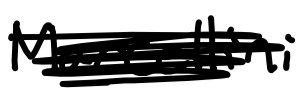
Text: Marcellini
Cross-out: mix
Writing tool: digital_black